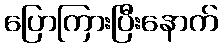
ပြောကြားပြီးနောက်